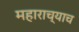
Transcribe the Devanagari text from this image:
महाराच्याच